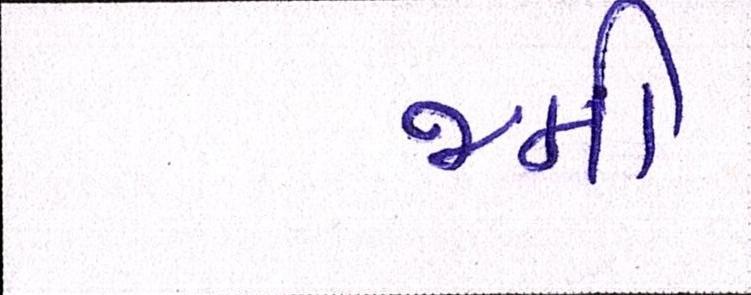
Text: જમી